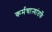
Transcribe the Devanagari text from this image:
कर्मचाऱ्यांतर्फे